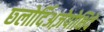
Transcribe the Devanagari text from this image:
छ्लोर्दिअज़ेपोक्षिदे